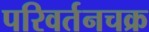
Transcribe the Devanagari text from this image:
परिवर्तनचक्र